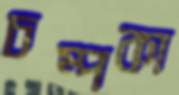
চম্পকা